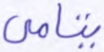
يتامى